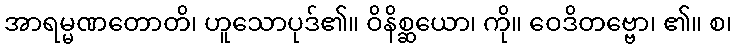
အာရမ္မဏတောတိ၊ ဟူသောပုဒ်၏။ ဝိနိစ္ဆယော၊ ကို။ ဝေဒိတဗ္ဗော၊ ၏။ စ၊